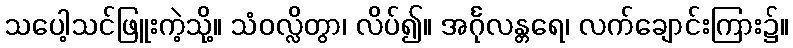
သပေါ့သင်ဖြူးကဲ့သို့။ သံဝလ္လိတွာ၊ လိပ်၍။ အင်္ဂုလန္တရေ၊ လက်ချောင်းကြား၌။